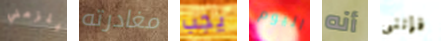
يلزمني مغادرته يجب اليوم أنه فإننى